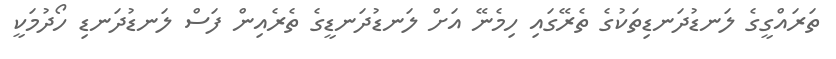
ތަރައްގީގެ ލަނޑުދަނޑިތަކުގެ ތެރޭގައި ހިމެނޭ އަށް ލަނޑުދަނޑީގެ ތެރެއިން ފަސް ލަނޑުދަނޑި ހޯދުމަކީ